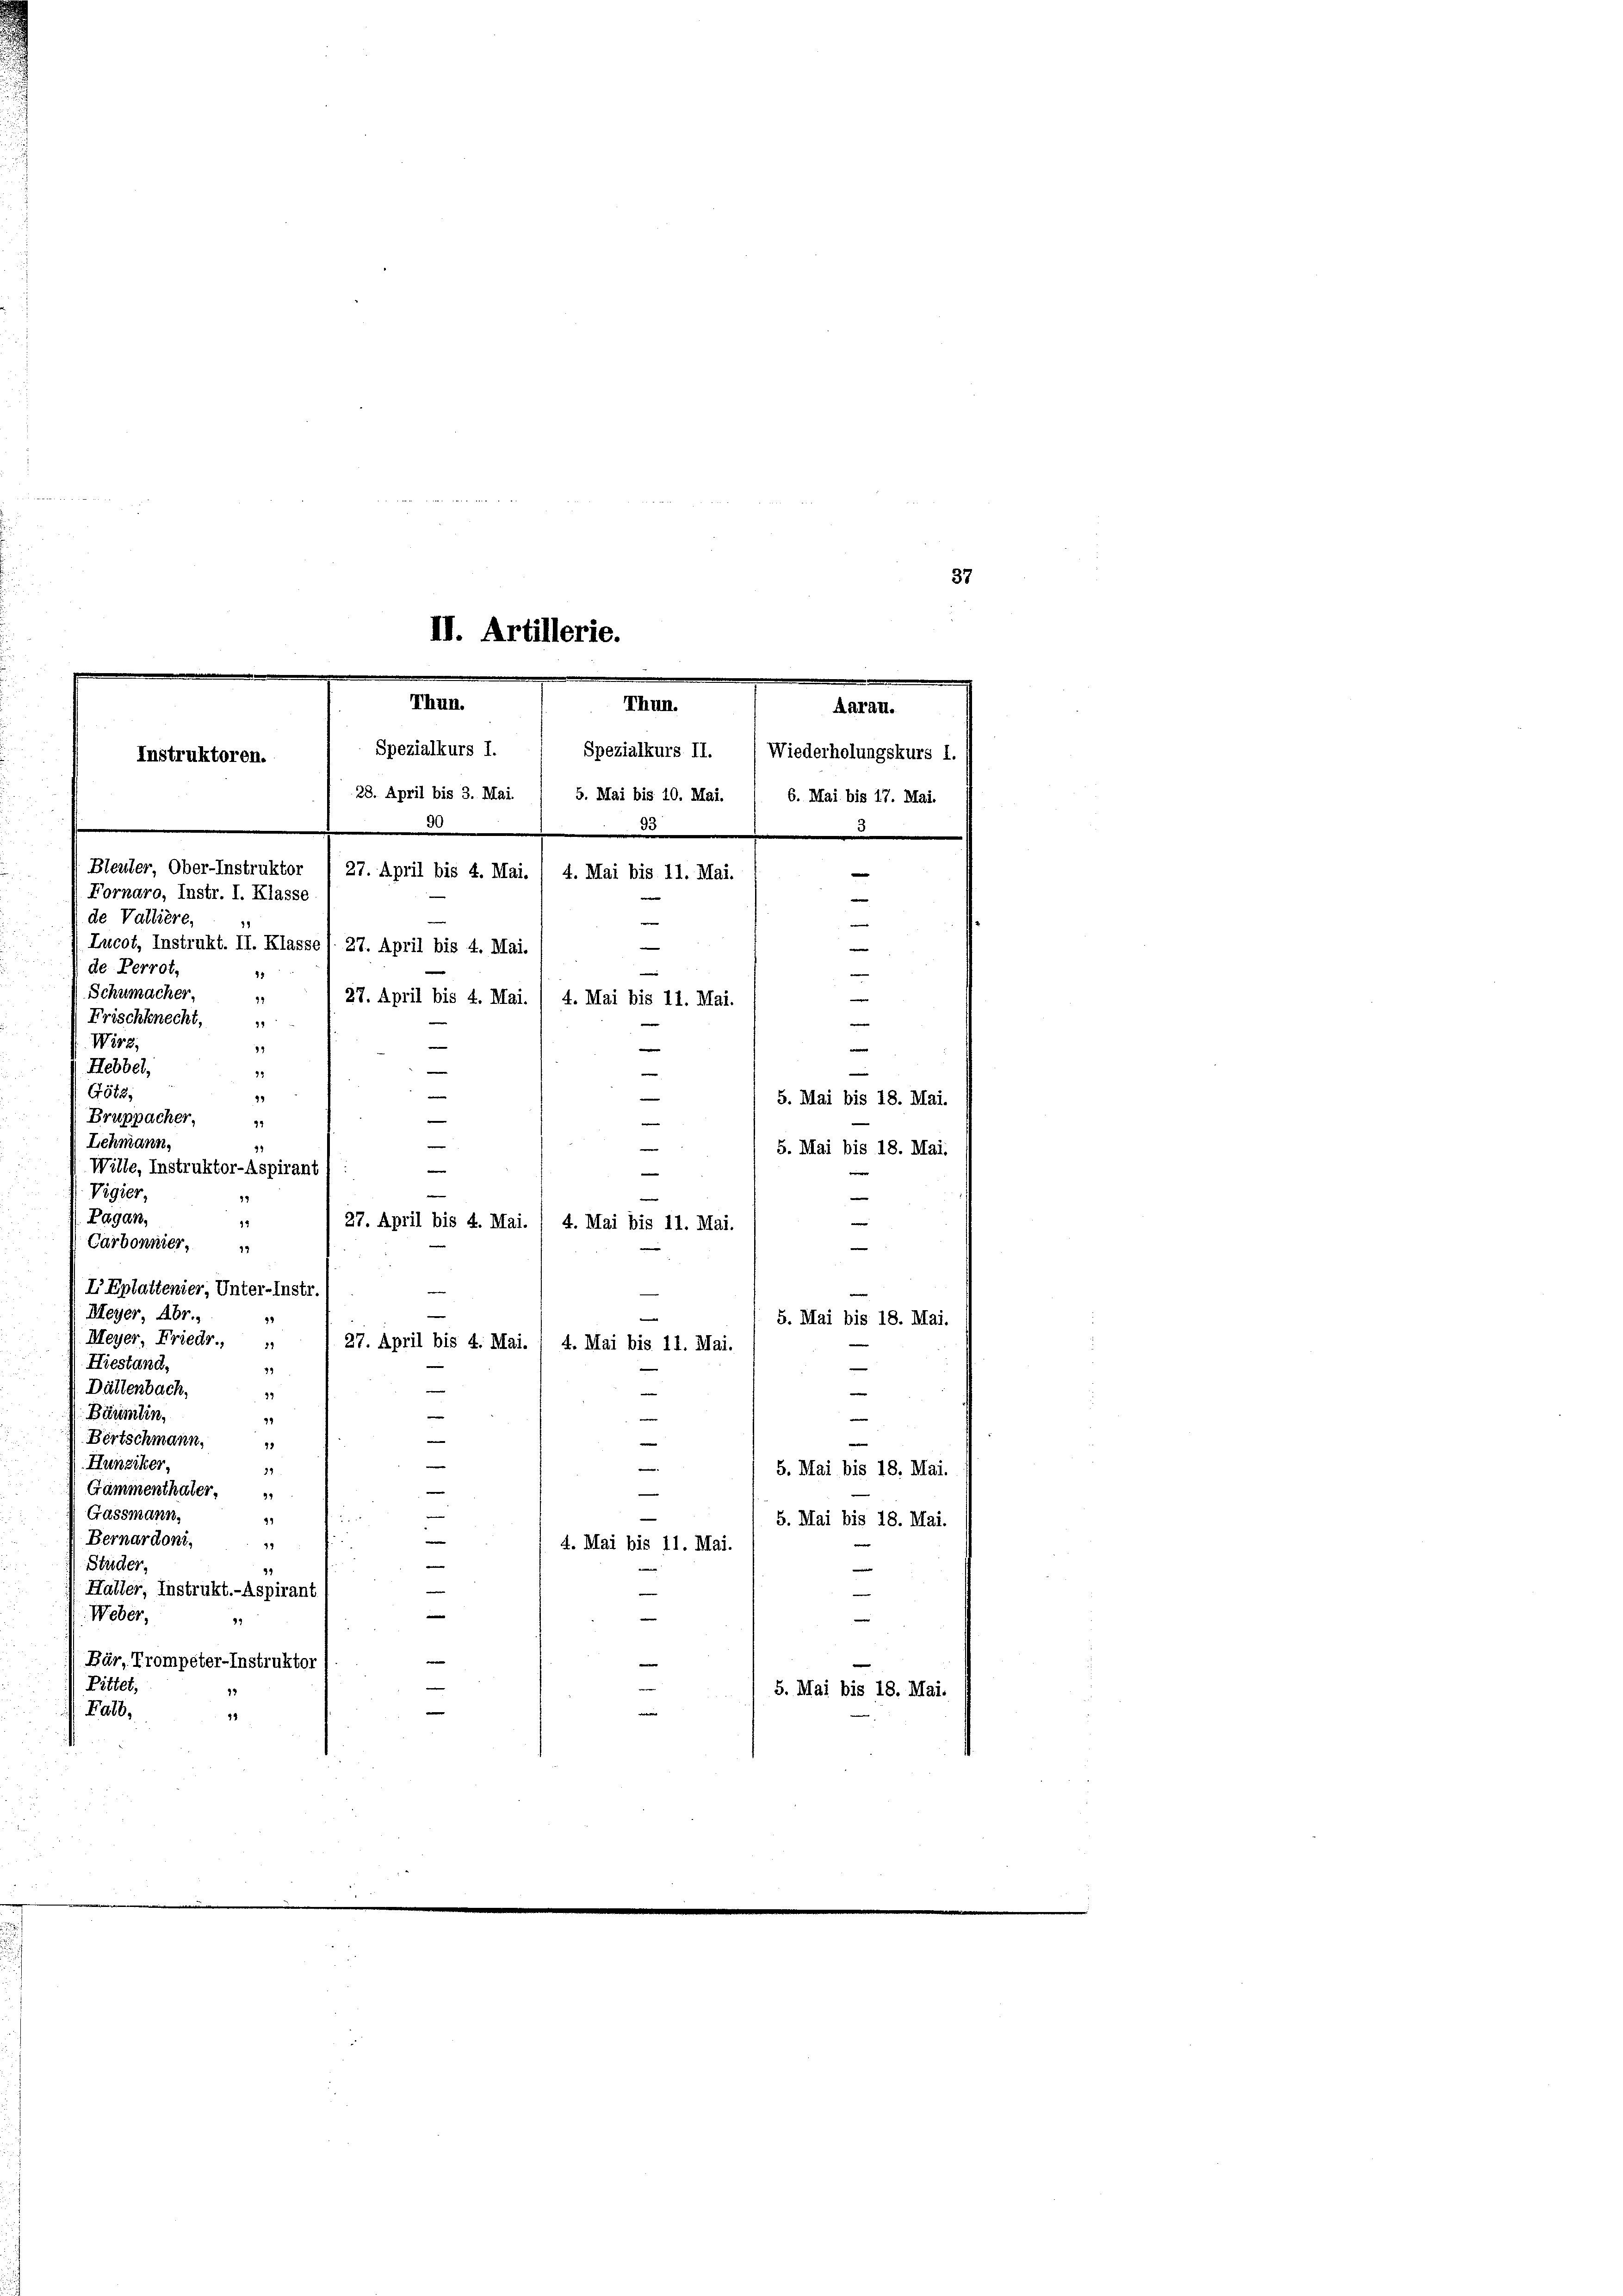
Nr 12 t 8 Ma
u

II. Artillerie.
.
Thun.
Thun.
Spezialkurs I. 1 Spezialkurs II. (Wiederholungskurs I.
Instruktoren.
28. April bis 3. Mai / 5. Mai bis 10. Mai. 1 6. Mai bis 17. Mai.
90
33

Bleuler, Ober-Instruktor
Fornaro, Instr. I. Klasse
de Valliere,
99
de Perrot,
Schumacher,
72
Frischknecht,
Wirz,
3
Hebbel,
33
G588,
19
Bruppacher,
47
Lehmann,
e
e
5. Mai bis 18. Mai.
Wille, Instruktor-Aspirant 1 :
e
Vigier,

.
Pagan,
e
15
27. April bis 4. Mai. / 4. Mai bis 11. Mai.
Carbonnier,
e
19
I Eplattenier, Unter-Instr
Meyer, Abr.,
.
5. Mai bis 18. Mai.
Meyer, Friedr.,
27
27. April bis 4. Mai. 1 4. Mai bis 11. Mai.
e
Hiestand.
19
e
Dältenbach,
39
Bäumlin,
e
e
e
29
—
Dirtschmann.
e
15
.
Hunziker,
e

29
5. Mai bis 18. Mai.
—
Gämmenthaler,
91
Gassmann.
—
49

5. Mai bis 18. Mai.
e
 Bernardoni,
d
49
4. Mai bis 11. Mai.
Studer,

e
91
e
Haller, Instrukt.-Aspirant
e
Weber,
e
99
e
Bär, Trompeter-Instruktor
e
Pittet,
5. Mai bis 18. Mai.
e
Falb.
e
14

Aarau.
27. April bis 4. Mai
e
4. Mai bis 11. Mai.
e
e
e
—
Lucot, Instrukt. II. Klasse , 27. April bis 4. Mai.
e
e
—
27. April bis 4. Mai. / 4. Mai bis 11. Mai.
e
e
e
—
e
5. Mai bis 18. Mai.
e

.

37